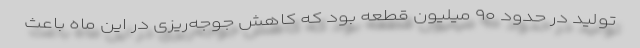
تولید در حدود ۹۰ میلیون قطعه بود که کاهش جوجه‌ریزی در این ماه باعث